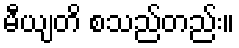
မီယျတိ စသည်တည်း။